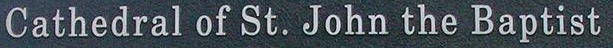
Gathedral of St. John the Baptist